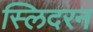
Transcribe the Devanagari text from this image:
स्लिदरन